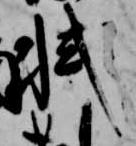
軾